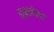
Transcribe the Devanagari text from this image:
घाबरलेला